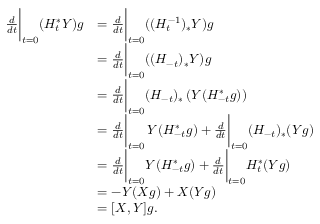
\begin{array} { r l } { \frac { d } { d t } \bigg \vert _ { t = 0 } ( H _ { t } ^ { * } Y ) g } & { = \frac { d } { d t } \bigg \vert _ { t = 0 } ( ( H _ { t } ^ { - 1 } ) _ { * } Y ) g } \\ & { = \frac { d } { d t } \bigg \vert _ { t = 0 } ( ( H _ { - t } ) _ { * } Y ) g } \\ & { = \frac { d } { d t } \bigg \vert _ { t = 0 } ( H _ { - t } ) _ { * } \left( Y ( H _ { - t } ^ { * } g ) \right) } \\ & { = \frac { d } { d t } \bigg \vert _ { t = 0 } \, Y ( H _ { - t } ^ { * } g ) + \frac { d } { d t } \bigg \vert _ { t = 0 } ( H _ { - t } ) _ { * } ( Y g ) } \\ & { = \frac { d } { d t } \bigg \vert _ { t = 0 } Y ( H _ { - t } ^ { * } g ) + \frac { d } { d t } \bigg \vert _ { t = 0 } H _ { t } ^ { * } ( Y g ) } \\ & { = - Y ( X g ) + X ( Y g ) } \\ & { = [ X , Y ] g . } \end{array}